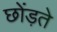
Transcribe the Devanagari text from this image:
छोंड़ते